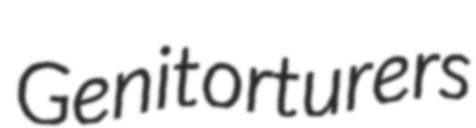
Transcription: Genitorturers